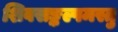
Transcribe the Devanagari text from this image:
शिवसङ्कल्पमस्तु